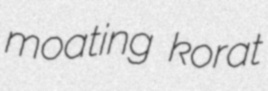
moating korat